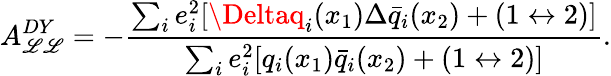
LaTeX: A_{\mathscr{L}\mathscr{L}}^{DY}=-{\frac{{\sum_{i}e_{i}^{2}[\Deltaq_{i}(x_{1})\Delta\bar{{q}}_{i}(x_{2})+(1\leftrightarrow2)]}}{{\sum_{i}e_{i}^{2}[q_{i}(x_{1})\bar{{q}}_{i}(x_{2})+(1\leftrightarrow2)]}}}.